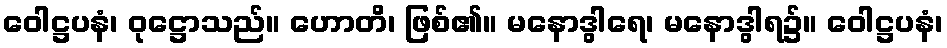
ဝေါဋ္ဌပနံ၊ ဝုဋ္ဌောသည်။ ဟောတိ၊ ဖြစ်၏။ မနောဒွါရေ၊ မနောဒွါရ၌။ ဝေါဋ္ဌပနံ၊